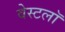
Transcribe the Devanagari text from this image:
वेस्टलॉ